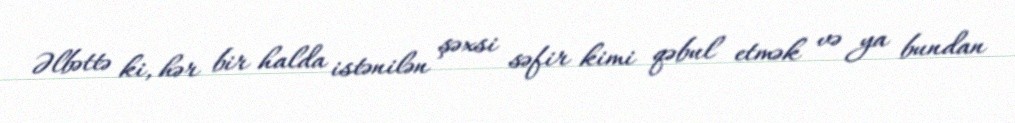
Əlbəttə ki, hər bir halda istənilən şəxsi səfir kimi qəbul etmək və ya bundan